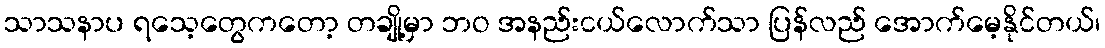
သာသနာပ ရသေ့တွေကတော့ တချို့မှာ ဘဝ အနည်းငယ်လောက်သာ ပြန်လည် အောက်မေ့နိုင်တယ်၊